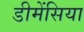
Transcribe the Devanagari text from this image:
डीमेंसिया